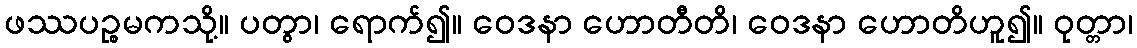
ဖဿပဉ္စမကသို့။ ပတွာ၊ ရောက်၍။ ဝေဒနာ ဟောတီတိ၊ ဝေဒနာ ဟောတိဟူ၍။ ဝုတ္တာ၊